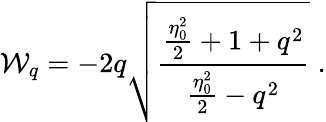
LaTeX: {\cal{W}}_{q}=-2q\sqrt{\frac{{\frac{\eta_{0}^{2}}{2}}+1+q^{2}}{{\frac{\eta_{0}^{2}}{2}}-q^{2}}}\; .